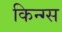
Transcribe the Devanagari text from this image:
किन्ग्स